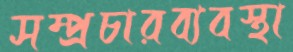
সম্প্রচারব্যবস্থা